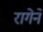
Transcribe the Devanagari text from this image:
रागेने